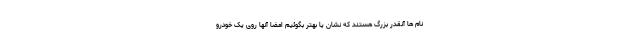
نام ها آنقدر بزرگ هستند که نشان یا بهتر بگوئیم امضا آنها روی یک خودرو